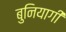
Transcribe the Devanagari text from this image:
बुनियागी